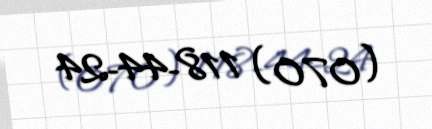
(070) 118-44-24